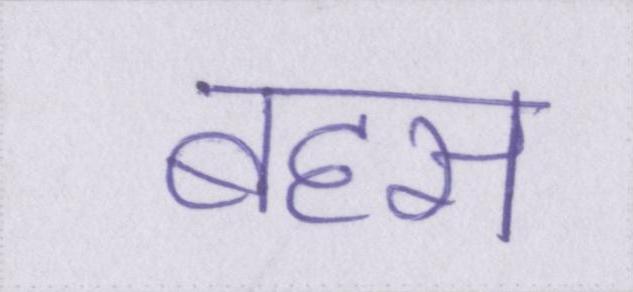
बहस